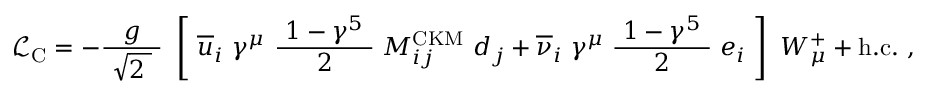
{ \mathcal { L } } _ { \mathrm { C } } = - { \frac { g } { \ { \sqrt { 2 \; } } \ } } \ \left[ \ { \overline { { u } } } _ { i } \ \gamma ^ { \mu } \ { \frac { \ 1 - \gamma ^ { 5 } \ } { 2 } } \; M _ { i j } ^ { \mathrm { C K M } } \ d _ { j } + { \overline { { \nu } } } _ { i } \ \gamma ^ { \mu } \; { \frac { \ 1 - \gamma ^ { 5 } \ } { 2 } } \; e _ { i } \ \right] \ W _ { \mu } ^ { + } + \mathrm { h . c . } ~ ,